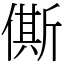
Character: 㒋